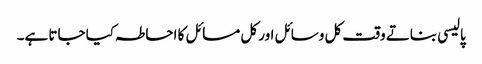
پالیسی بناتے وقت کل وسائل اور کل مسائل کا احاطہ کیا جاتا ہے۔